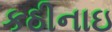
કઠીનાઇ